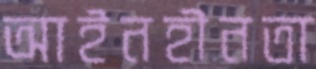
আইনহীনতা